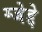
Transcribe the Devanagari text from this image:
ग्जेद्दे